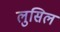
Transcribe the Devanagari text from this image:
लुसिल